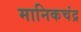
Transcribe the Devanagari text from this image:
मानिकचंद्र